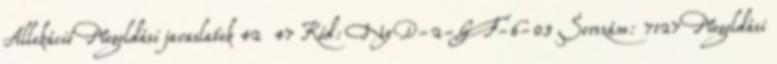
Allokáció Megoldási javaslatok 42 47 Kód: NyD-2-GF-6-03 Sorszám: 7127 Megoldási